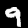
Label: 9